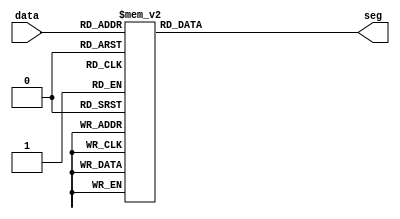
module display_4 (data, seg);
    input [3:0]  data;
    output [7:0] seg;
    reg [7:0]    seg;
        always @ (data) begin
            case(data)
		4'h0: seg <= 8'b11111100;
	      	4'h1: seg <= 8'b01100000;
	      	4'h2: seg <= 8'b11011010;
	      	4'h3: seg <= 8'b11110010;
	      	4'h4: seg <= 8'b01100110;
	      	4'h5: seg <= 8'b10110110;
	      	4'h6: seg <= 8'b10111110;
	      	4'h7: seg <= 8'b11100000;
	      	4'h8: seg <= 8'b11111110;
	      	4'h9: seg <= 8'b11110110;
                4'ha: seg <= 8'b11101110;
		4'hb: seg <= 8'b00111110;
		4'hc: seg <= 8'b00011010;
		4'hd: seg <= 8'b01111010;
		4'he: seg <= 8'b10011110;
		4'hf: seg <= 8'b10001110;	
            endcase
        end
endmodule